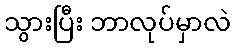
သွားပြီး ဘာလုပ်မှာလဲ